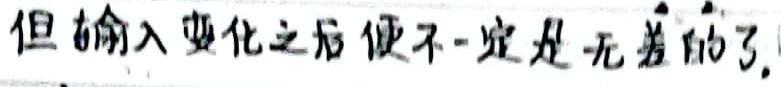
但输入变化之后便不一定是无差的了。